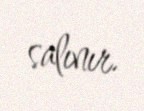
salınır.